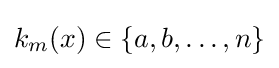
k_{m}(x)\in \{a,b,\dots ,n\}